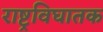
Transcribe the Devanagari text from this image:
राष्ट्रविघातक